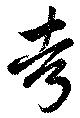
考